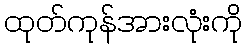
ထုတ်ကုန်အားလုံးကို